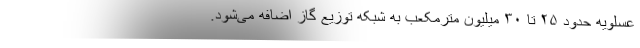
عسلویه حدود ۲۵ تا ۳۰ میلیون مترمکعب به شبکه توزیع گاز اضافه می‌شود.